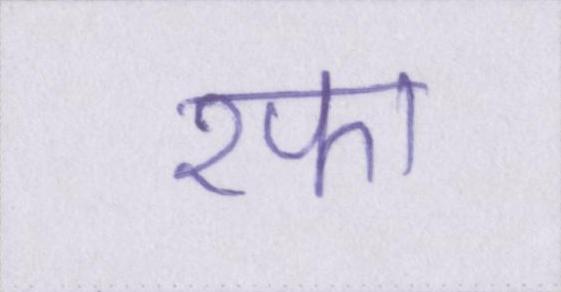
रफा